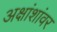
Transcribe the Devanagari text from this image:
अक्षांशांवर